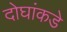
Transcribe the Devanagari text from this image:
दोघांकडे